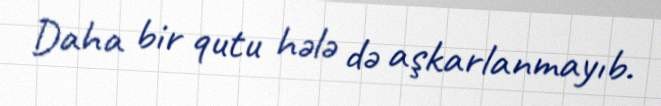
Daha bir qutu hələ də aşkarlanmayıb.